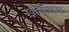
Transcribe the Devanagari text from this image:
खाशीपागा